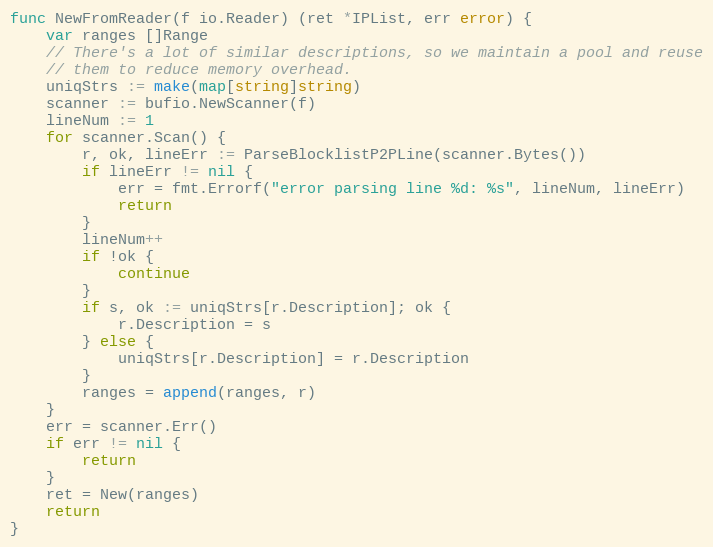
Language: Go
func NewFromReader(f io.Reader) (ret *IPList, err error) {
	var ranges []Range
	// There's a lot of similar descriptions, so we maintain a pool and reuse
	// them to reduce memory overhead.
	uniqStrs := make(map[string]string)
	scanner := bufio.NewScanner(f)
	lineNum := 1
	for scanner.Scan() {
		r, ok, lineErr := ParseBlocklistP2PLine(scanner.Bytes())
		if lineErr != nil {
			err = fmt.Errorf("error parsing line %d: %s", lineNum, lineErr)
			return
		}
		lineNum++
		if !ok {
			continue
		}
		if s, ok := uniqStrs[r.Description]; ok {
			r.Description = s
		} else {
			uniqStrs[r.Description] = r.Description
		}
		ranges = append(ranges, r)
	}
	err = scanner.Err()
	if err != nil {
		return
	}
	ret = New(ranges)
	return
}